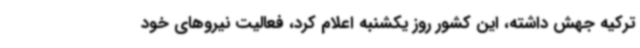
ترکیه جهش داشته، این کشور روز یکشنبه اعلام کرد، فعالیت نیروهای خود